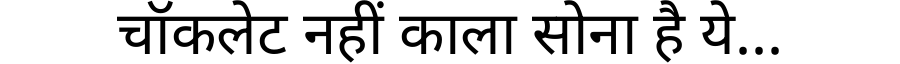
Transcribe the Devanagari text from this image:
चॉकलेट नहीं काला सोना है ये...